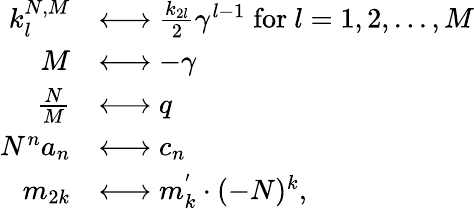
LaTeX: \begin{array}{rl}{k_{l}^{N,M}}&{\longleftrightarrow\frac{k_{2l}}{2}\gamma^{l-1}\; \mathrm{for}\ l=1,2,...,M}\\ {M}&{\longleftrightarrow-\gamma}\\ {\frac{N}{M}}&{\longleftrightarrow q}\\ {N^{n}a_{n}}&{\longleftrightarrow c_{n}}\\ {m_{2k}}&{\longleftrightarrow m_{k}^{'}\cdot(-N)^{k},}\end{array}